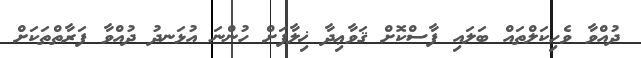
ދުއްވާ ވެހިކަލްތައް ބަލައި ފާސްކޮށް ޤަވާޢިދާ ޚިލާފަށް ހުންނަ އުޅަނދު ދުއްވާ ފަރާތްތަކަށް